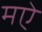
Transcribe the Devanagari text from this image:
मऐ